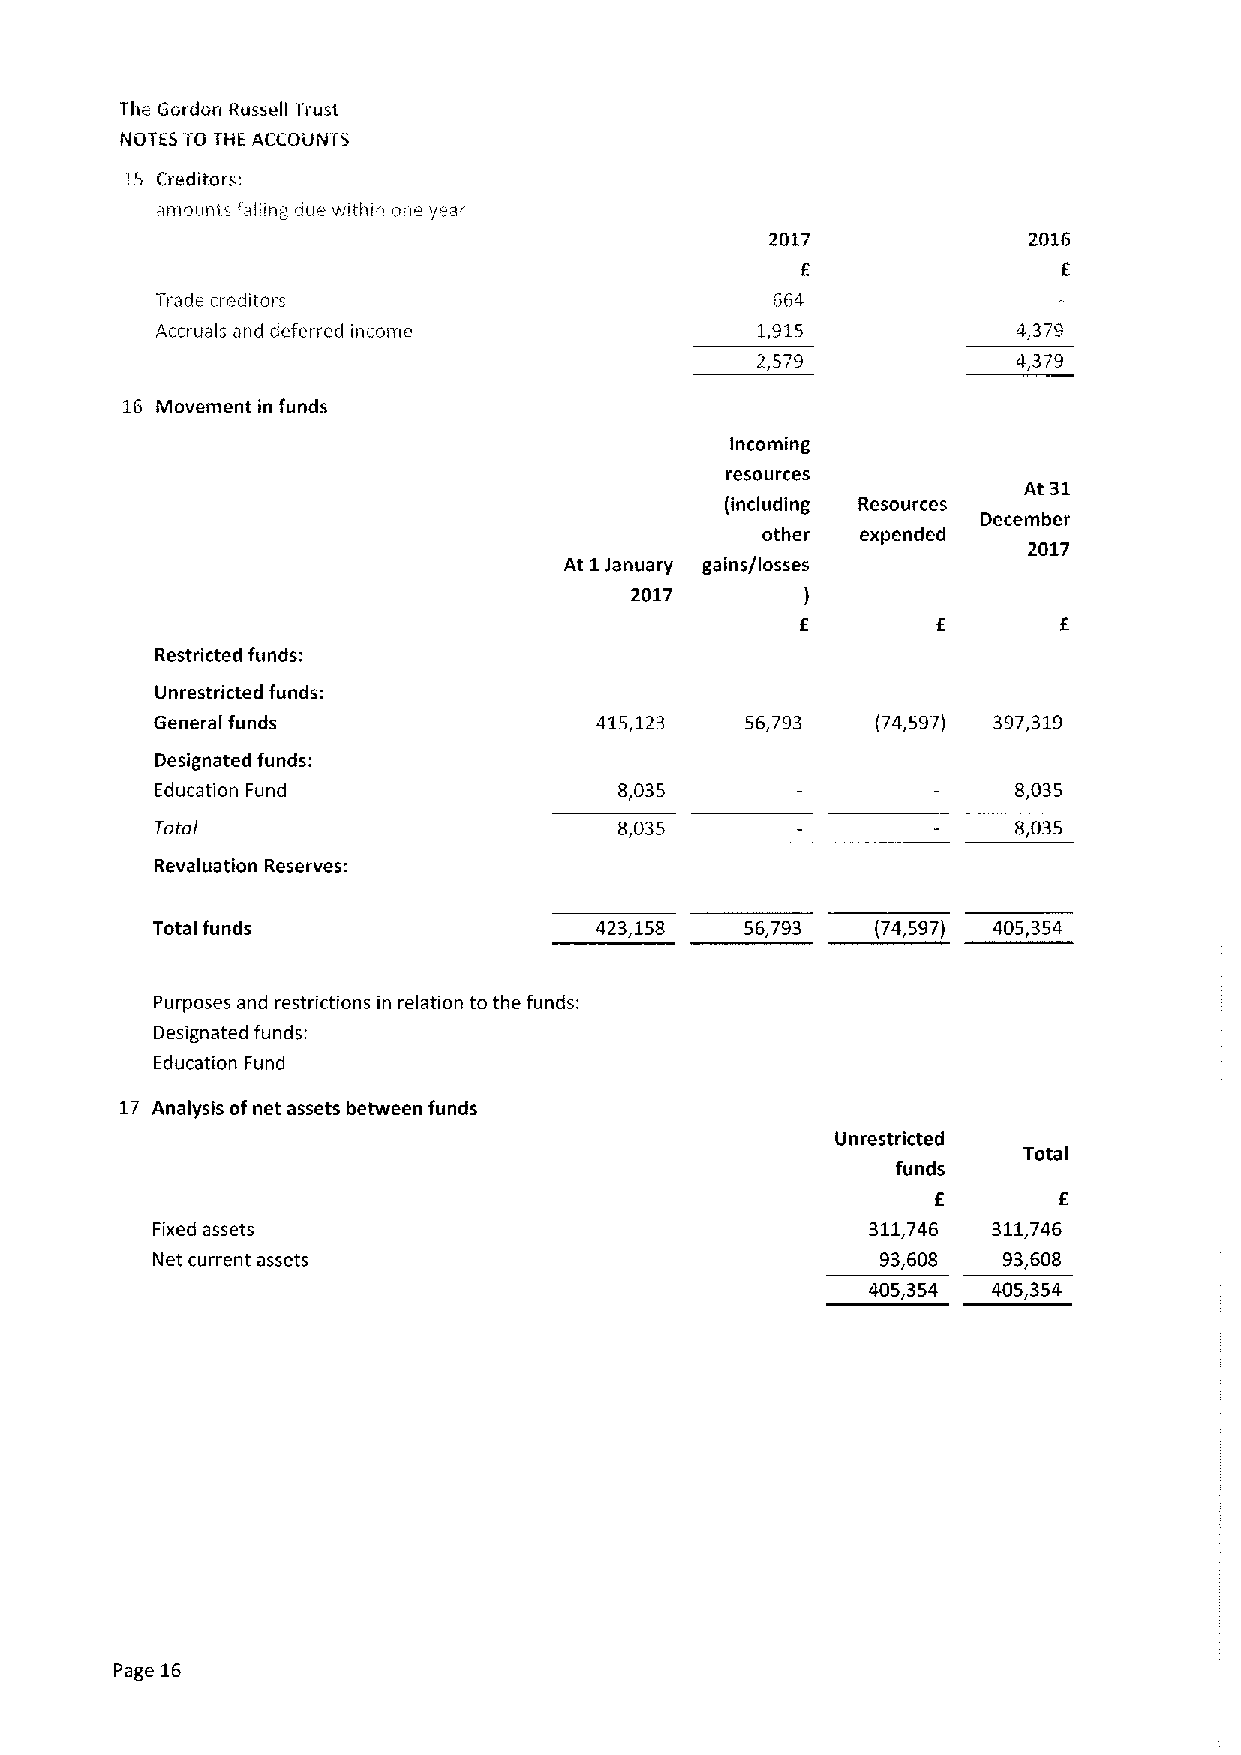
The Gordon Russell Trust
 NOTES TO THE ACCOUNTS
 IS Crecil'tofs:
 -imo»nis falling liie witiiiii oiie year
 2017             2016
 E
 rade creditors                          664
 i
 Accruals and deferred income            1,915            4,379
 2,579            4,379
 1.6 Movement in funds
 Incoming
 resources
 At 31
 (including Resources
 December
 other  expended
 2017
 At 1January gains/losses
 2017
 )
 E
 Restricted funds:
 Unrestricted funds:
 General funds                415,123   56,793   (74,597) 397,319
 Designated funds:
 Education Fund                 8,035                     8,035
 Toto/                          8,035                     8,035
 Revaluation Reserves:
 Total funds                  423,158   56,793   (74,597) 405,354
 Purposes and restrictions in relation to the funds:
 Designated funds:
 Education Fund
 17 Analysis ofnet assets between funds
 Unrestricted
 Total
 funds
 E
 Fixed assets                                    311,746 311,746
 Net current assets                              93,608  93,608
 405,354 405,354
 Page 16